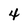
Character: 4